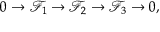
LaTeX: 0 \to { \mathcal { F } } _ { 1 } \to { \mathcal { F } } _ { 2 } \to { \mathcal { F } } _ { 3 } \to 0 ,